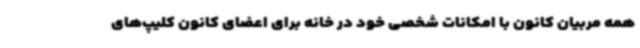
همه مربیان کانون با امکانات شخصی خود در خانه برای اعضای کانون کلیپ‌های